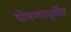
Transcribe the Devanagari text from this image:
पोंचण्यापूर्वीच